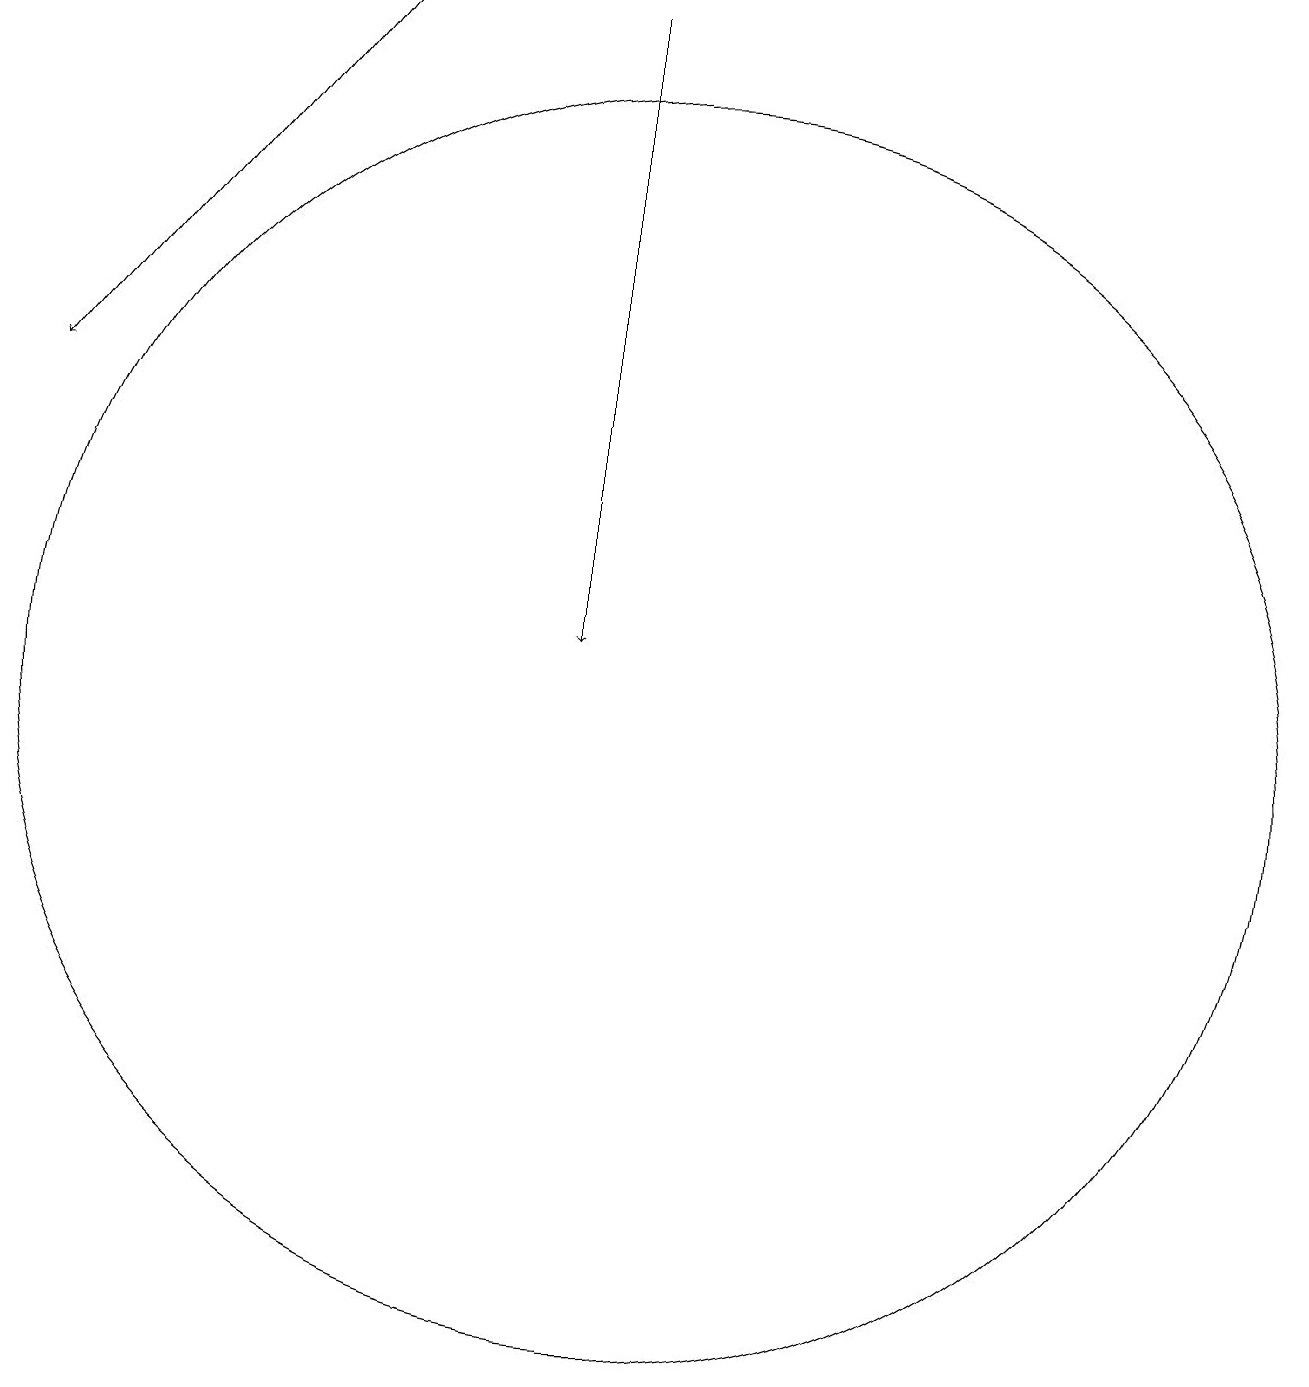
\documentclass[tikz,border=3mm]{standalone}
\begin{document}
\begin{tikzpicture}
\draw[->] (6,19) -- (2,14);
\draw (10,10) circle (8);
\draw[->] (9,19) -- (9,11);
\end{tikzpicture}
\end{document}